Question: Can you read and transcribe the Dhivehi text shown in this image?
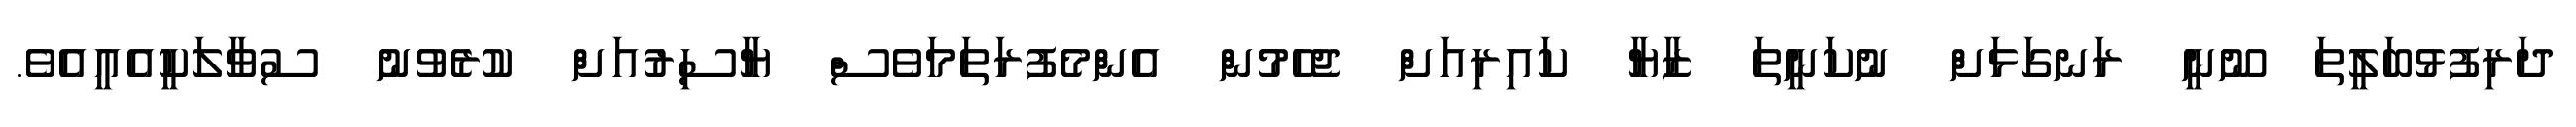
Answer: ދަރިފުޅުބަލީތަ ނޫނީ ރަނގަޅަށް ނުކަނީތަ ޒާޔާ ކައިރިއަށް ޖެހެމުން އެންމެފުރަތަމަވެސް ޔާސިރުއަށް ކުރެވުނު ސުވާލަކީއެއީއެވެ.